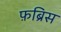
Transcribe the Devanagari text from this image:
फ़ब्रिस